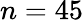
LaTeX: n=45